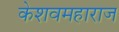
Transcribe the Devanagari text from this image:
केशवमहाराज